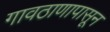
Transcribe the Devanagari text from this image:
गावठाणापासून